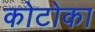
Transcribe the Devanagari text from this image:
कोटोका